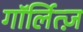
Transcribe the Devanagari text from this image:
गॉर्लित्ज़